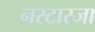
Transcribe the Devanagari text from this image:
नस्टास्जा